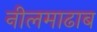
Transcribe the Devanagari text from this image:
नीलमाढाब